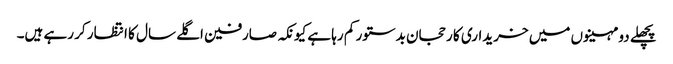
پچھلے دو مہینوں میں خریداری کا رحجان بدستور کم رہا ہے کیونکہ صارفین اگلے سال کا انتظار کر رہے ہیں۔